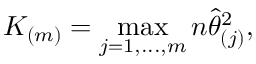
K _ { ( m ) } = \operatorname* { m a x } _ { j = 1 , . . . , m } n \widehat { \theta } _ { ( j ) } ^ { 2 } ,